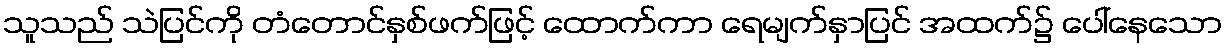
သူသည် သဲပြင်ကို တံတောင်နှစ်ဖက်ဖြင့် ထောက်ကာ ရေမျက်နှာပြင် အထက်၌ ပေါ်နေသော